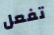
تفعل